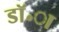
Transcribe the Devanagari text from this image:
डॉ॰ा